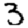
Digit: 3